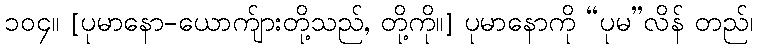
၁၀၄။ [ပုမာနော-ယောက်ျားတို့သည်, တို့ကို။] ပုမာနောကို “ပုမ”လိန် တည်၊